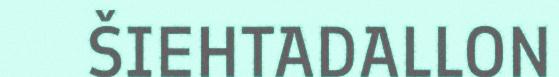
ŠIEHTADALLON